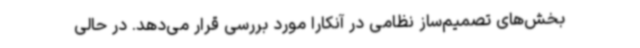
بخش‌های تصمیم‌ساز نظامی در آنکارا مورد بررسی قرار می‌دهد. در حالی